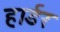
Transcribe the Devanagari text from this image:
हार्डर